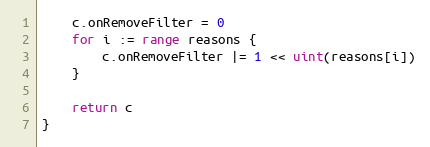
Language: Go
	c.onRemoveFilter = 0
	for i := range reasons {
		c.onRemoveFilter |= 1 << uint(reasons[i])
	}

	return c
}